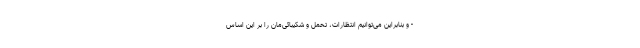
- و بنابراین می‌توانیم انتظارات، تحمل‌ و شکیبائی‌مان را بر این اساس